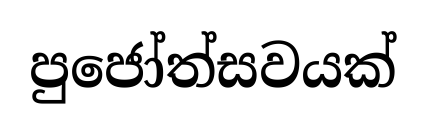
පුජෝත්සවයක්